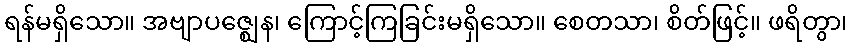
ရန်မရှိသော။ အဗျာပဇ္ဈေန၊ ကြောင့်ကြခြင်းမရှိသော။ စေတသာ၊ စိတ်ဖြင့်။ ဖရိတွာ၊